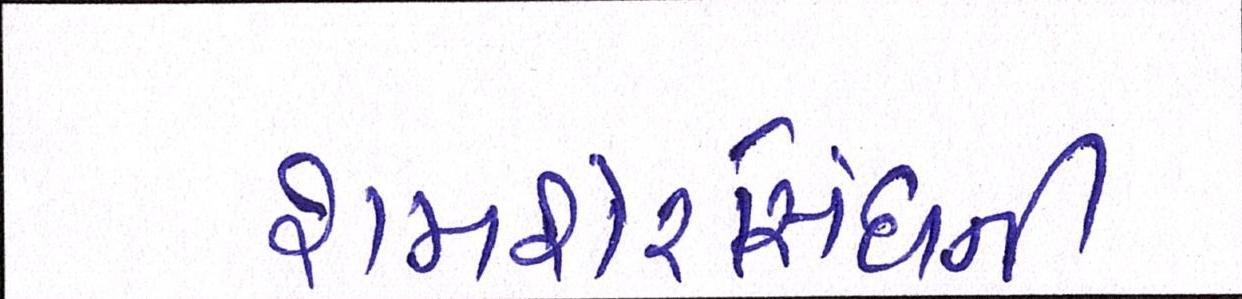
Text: શમશેરસિંઘની